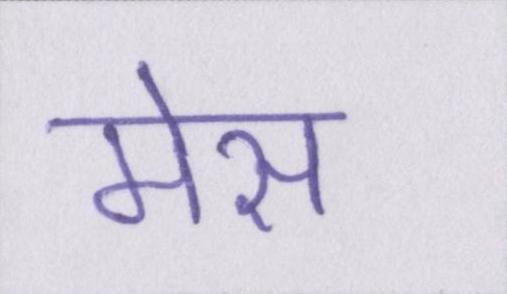
मेस